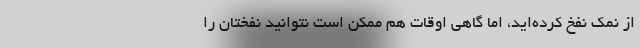
از نمک نفخ کرده‌اید، اما گاهی اوقات هم ممکن است نتوانید نفختان را